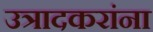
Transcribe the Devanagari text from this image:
उत्रादकरांना